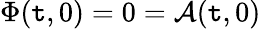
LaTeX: \Phi(\mathtt{t},0)=0=\mathcal{{A}}(\mathtt{t},0)